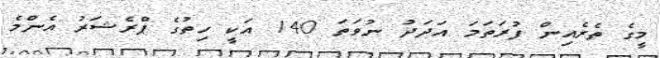
މީގެ ތެރެއިން ފުރަތަމަ އަދަދު ނުވަތަ 140 އަކީ ހިތުގެ ޕްރެޝަރު އެންމެ